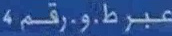
عبرط.و.رقم